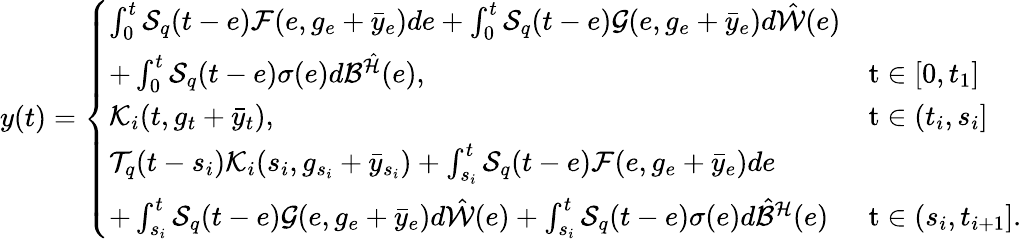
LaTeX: y(t)=\left\{ \begin{array}{ll}{\int_{0}^{t}{\cal S}_{q}(t-e){\cal F}(e,g_{e}+\bar{y}_{e})de+\int_{0}^{t}{\cal S}_{q}(t-e){\cal G}(e,g_{e}+\bar{y}_{e})d\hat{\cal W}(e)}\\ {+\int_{0}^{t}{\cal S}_{q}(t-e)\sigma(e)d{\cal B}^{\hat{\cal H}}(e),}&{\mathrm t\in[0,t_{1}]}\\ {{\cal K}_{i}(t,g_{t}+\bar{y}_{t}),}&{\mathrm t\in(t_{i},s_{i}]}\\ {{\cal T}_{q}(t-s_{i}){\cal K}_{i}(s_{i},g_{s_{i}}+\bar{y}_{s_{i}})+\int_{s_{i}}^{t}{\cal S}_{q}(t-e){\cal F}(e,g_{e}+\bar{y}_{e})de}\\ {+\int_{s_{i}}^{t}{\cal S}_{q}(t-e){\cal G}(e,g_{e}+\bar{y}_{e})d\hat{\cal W}(e)+\int_{s_{i}}^{t}{\cal S}_{q}(t-e)\sigma(e)d\hat{\cal B}^{\cal H}(e)}&{\mathrm t\in(s_{i},t_{i+1}].}\end{array}\right.